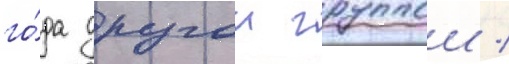
го́да другои группои /